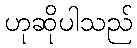
ဟုဆိုပါသည်